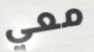
معي